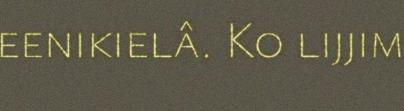
eenikielâ. Ko lijjim